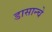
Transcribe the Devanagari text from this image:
डासान्चे